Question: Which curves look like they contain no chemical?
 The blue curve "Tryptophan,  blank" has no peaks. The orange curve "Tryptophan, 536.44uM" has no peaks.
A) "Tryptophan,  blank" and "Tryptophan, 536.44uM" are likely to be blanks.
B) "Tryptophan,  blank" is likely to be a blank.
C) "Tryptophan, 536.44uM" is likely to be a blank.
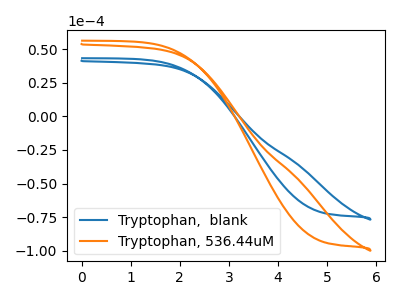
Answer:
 <answer>A) "Tryptophan,  blank" and "Tryptophan, 536.44uM" are likely to be blanks.</answer>
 <eval>A</eval>